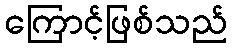
ကြောင့်ဖြစ်သည်